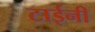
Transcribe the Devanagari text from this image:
टाईनी